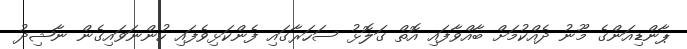
ޕާންޑިއަންގެ މޫނު ދެއްކުމަށް ބާއްވާފައި އޮތް ގަލޮޅު ސަހަރާގައި ފެންކަޅިވެފައި ހުންނަވައިގެން ނާޝިދު